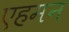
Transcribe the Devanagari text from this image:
एहमन